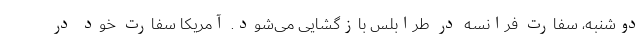
دوشنبه، سفارت فرانسه در طرابلس بازگشایی می‌شود. آمریکا سفارت خود در